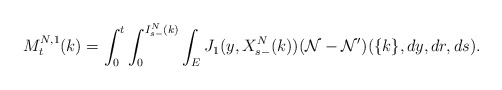
\begin{align*} M^{N,1}_t(k)=\int_0^t\int_0^{I^N_{s-}(k)}\int_{E}J_1(y,X^N_{s-}(k))(\mathcal{N-N'})(\{k\},dy,dr,ds).\end{align*}